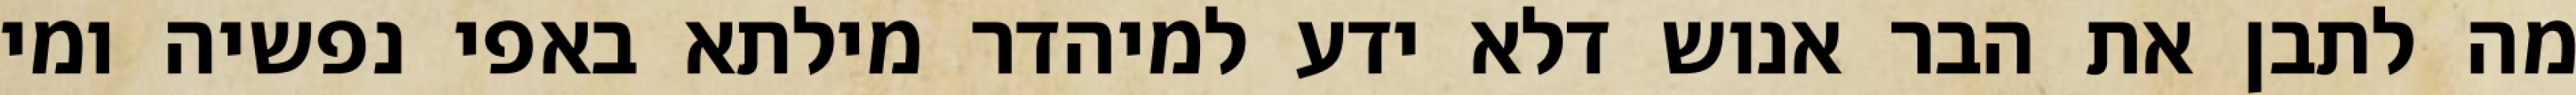
מה לתבן את הבר אנוש דלא ידע למיהדר מילתא באפי נפשיה ומי